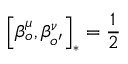
\left[ \beta _ { o } ^ { \mu } , \beta _ { o ^ { \prime } } ^ { \nu } \right] _ { \ast } = \frac { 1 } { 2 }